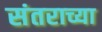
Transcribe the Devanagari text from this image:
संतराच्या